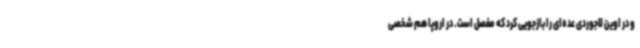
و در اوین لاجوردی عده‌ای را بازجویی کرد که مفصل است. در اروپا هم شخصی